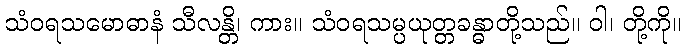
သံဝရသမောဓာနံ သီလန္တိ၊ ကား။ သံဝရသမ္ပယုတ္တခန္ဓာတို့သည်။ ဝါ၊ တို့ကို။